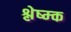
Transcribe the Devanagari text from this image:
श्लेष्म्क